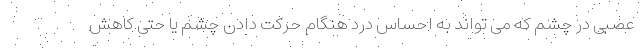
عصبی در چشم که می تواند به احساس درد هنگام حرکت دادن چشم یا حتی کاهش